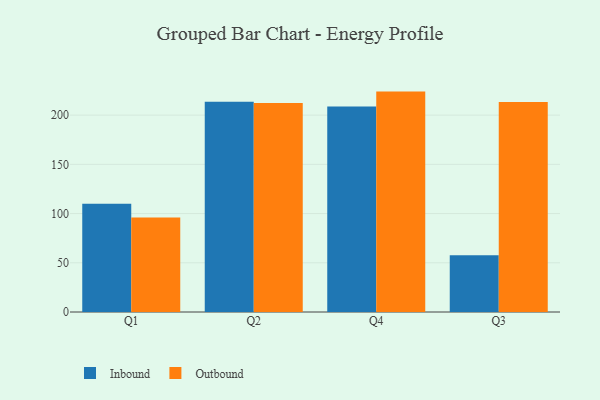
{"axis": {"x": "Quarter", "y": "Demand Index"}, "legend": ["Inbound", "Outbound"], "data": [{"x": "Q1", "y": 110.0, "type": "Inbound"}, {"x": "Q1", "y": 95.9, "type": "Outbound"}, {"x": "Q2", "y": 213.5, "type": "Inbound"}, {"x": "Q2", "y": 212.2, "type": "Outbound"}, {"x": "Q4", "y": 208.8, "type": "Inbound"}, {"x": "Q4", "y": 223.9, "type": "Outbound"}, {"x": "Q3", "y": 57.7, "type": "Inbound"}, {"x": "Q3", "y": 213.4, "type": "Outbound"}]}